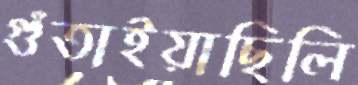
গুঁতাইয়াছিলি